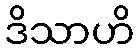
ဒိသာဟိ